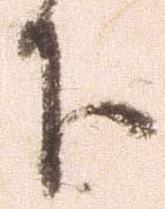
下